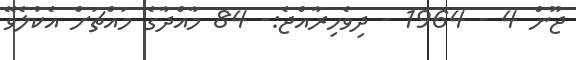
ޖޫން 4 - 1964 - ދިވެހިރާއްޖެ:- 84 މާއްދާގެ މައްޗަށް އެކުލެވޭ